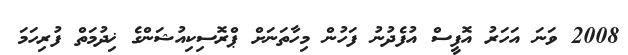
2008 ވަނަ އަހަރު އޮފީސް އުފެދުނު ފަހުން މިހާތަނަށް ޕްރޮސިކިއުޝަންގެ ޚިދުމަތް ފުރިހަމަ